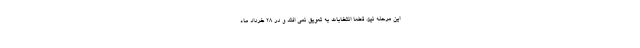
این مرحله نیز، قطعا انتخابات به تعویق نمی افتد و در ۲۸ خرداد ماه